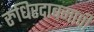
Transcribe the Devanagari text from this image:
रुधिरदाबमापी